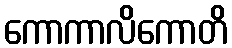
ကောကာလိကောတိ